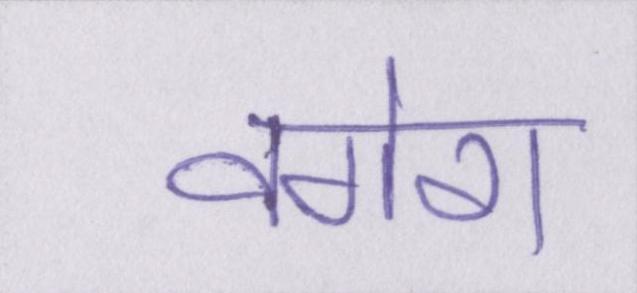
वगेरा